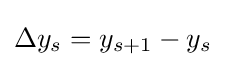
\Delta y_{s}=y_{s+1}-y_{s}